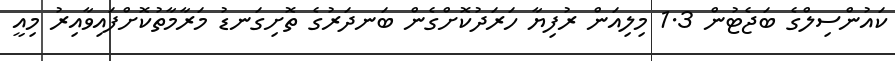
ކައުންސިލްގެ ބަޖެޓުން 1.3 މިލިއަން ރުފިޔާ ހަރަދުކޮށްގެން ބަނދަރުގެ ތޮށިގަނޑު މަރާމާތުކޮށްފައިވާއިރު މިއީ